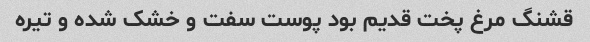
قشنگ مرغ پخت قدیم بود پوست سفت و خشک شده و تیره